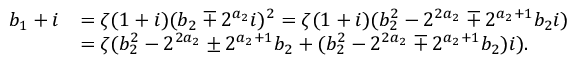
\begin{array} { r l } { b _ { 1 } + i } & { = \zeta ( 1 + i ) ( b _ { 2 } \mp 2 ^ { a _ { 2 } } i ) ^ { 2 } = \zeta ( 1 + i ) ( b _ { 2 } ^ { 2 } - 2 ^ { 2 a _ { 2 } } \mp 2 ^ { a _ { 2 } + 1 } b _ { 2 } i ) } \\ & { = \zeta ( b _ { 2 } ^ { 2 } - 2 ^ { 2 a _ { 2 } } \pm 2 ^ { a _ { 2 } + 1 } b _ { 2 } + ( b _ { 2 } ^ { 2 } - 2 ^ { 2 a _ { 2 } } \mp 2 ^ { a _ { 2 } + 1 } b _ { 2 } ) i ) . } \end{array}